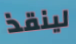
لينقذ